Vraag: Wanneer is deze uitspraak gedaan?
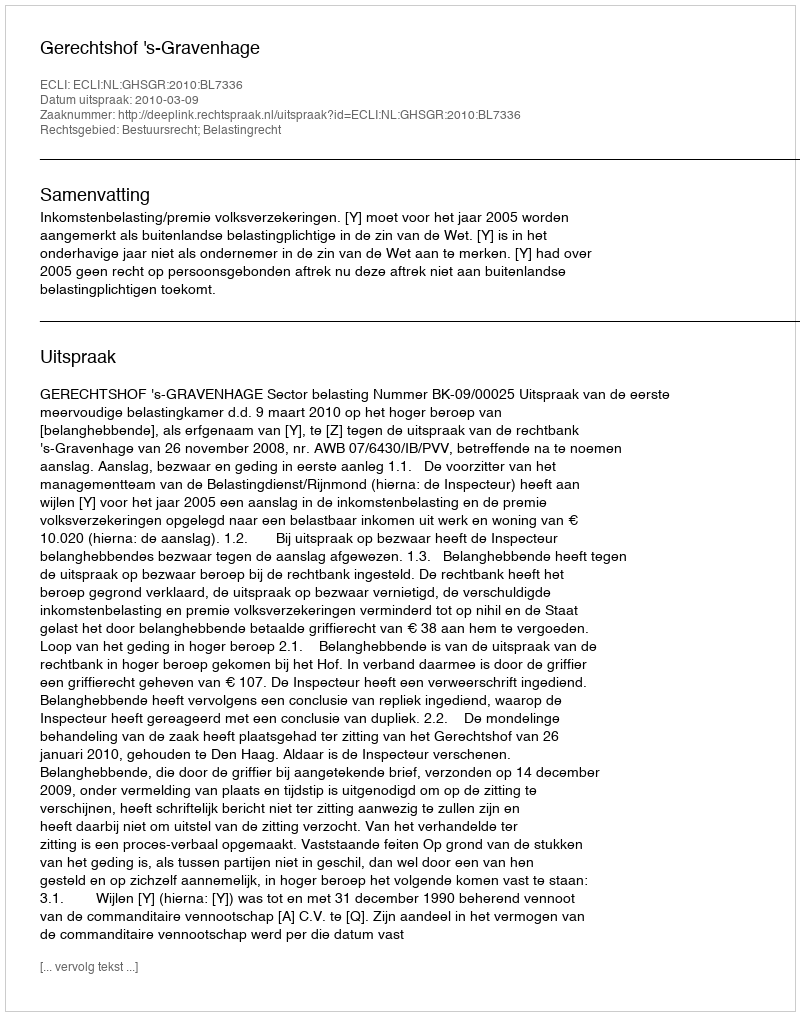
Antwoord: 2010-03-09